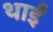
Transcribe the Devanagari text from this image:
थाईं